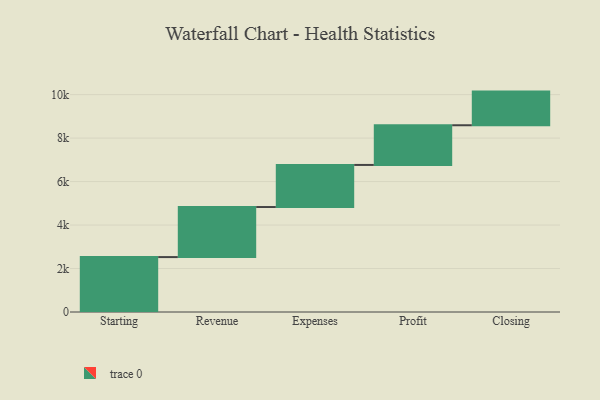
{"axis": {"x": "Step", "y": "Value"}, "legend": [""], "data": [{"x": "Starting", "y": 2526.0, "type": ""}, {"x": "Revenue", "y": 2303.0, "type": ""}, {"x": "Expenses", "y": 1936.0, "type": ""}, {"x": "Profit", "y": 1826.0, "type": ""}, {"x": "Closing", "y": 1548.0, "type": ""}]}